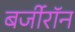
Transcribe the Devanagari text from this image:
बर्जीरॉन